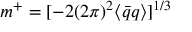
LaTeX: m ^ { + } = [ - 2 ( 2 \pi ) ^ { 2 } \langle \bar { q } q \rangle ] ^ { 1 / 3 }